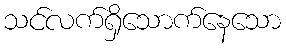
သင်လက်ရှိသောက်နေသော